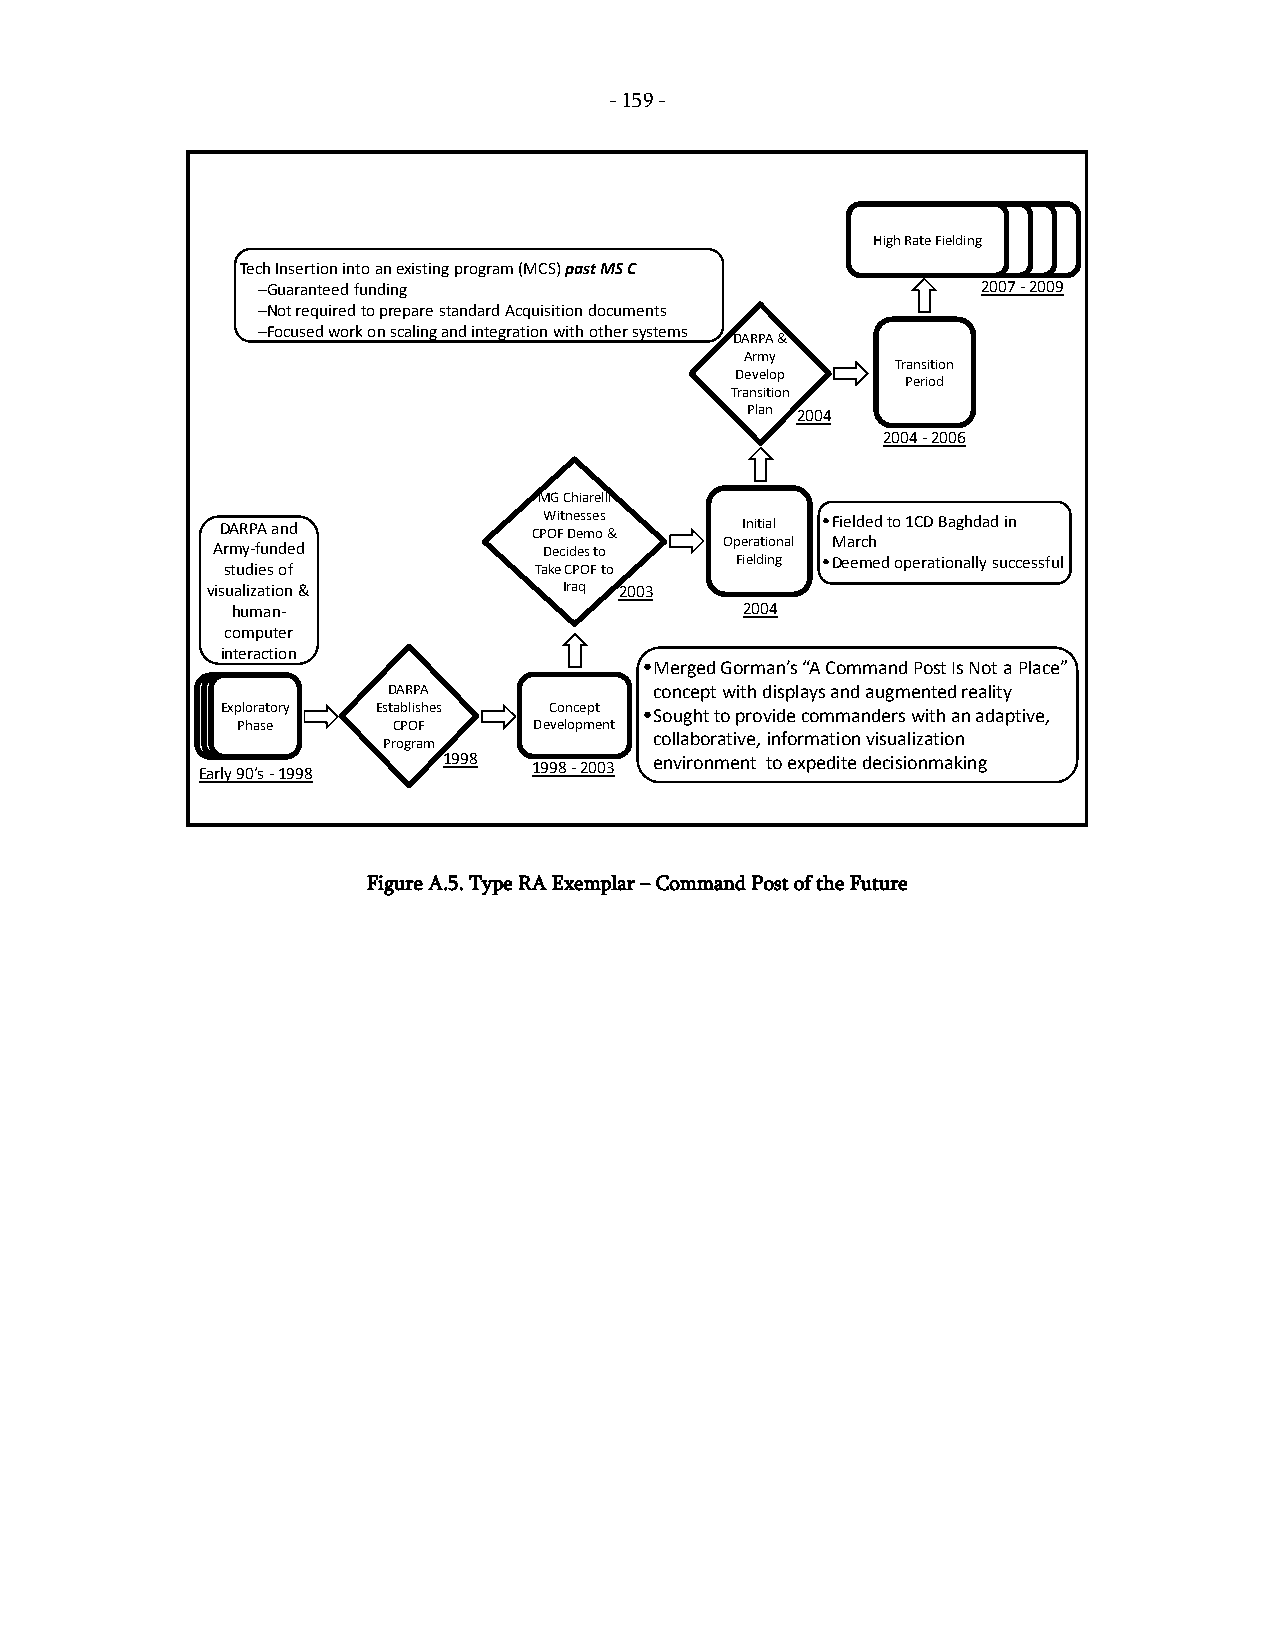
- 159 -
 High Rate Fielding
 Tech Insertion into an existing program (MCS) past MS C
 –Guaranteed funding                             2007 -2009
 –Not required to prepare standard Acquisition documents
 –Focused work on scaling and integration with other systems
 DARPA &
 Army
 Transition
 Develop
 Period
 Transition
 Plan 2004
 2004 -2006
 MG Chiarelli
 DARPA and           CPW Oi Ft n De es mse os & Initial •Fielded to 1CD Baghdad in
 Operational March
 Army-funded           Decides to
 studies of          Take CPOF to
 Fielding •Deemed operationally successful
 visualization &        Iraq 2003
 human-                            2004
 computer
 interaction
 •Merged Gorman’s “A Command Post Is Not a Place”
 DARPA            concept with displays and augmented reality
 Ex Pp hlo asra etory Establishes Concept •Sought to provide commanders with an adaptive,
 Phase     CPOF     Development
 collaborative, information visualization
 Program
 Early 90’s -1998 1998 1998 -2003 environment to expedite decisionmaking
 Figure A.5. Type RA Exemplar – Command Post of the Future
 -
 159
 -